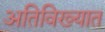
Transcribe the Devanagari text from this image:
अतिविख्यात